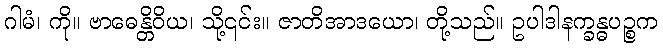
ဂါမံ၊ ကို။ ဗာဓေန္တိဝိယ၊ သို့၎င်း။ ဇာတိအာဒယော၊ တို့သည်။ ဥပါဒါနက္ခန္ဓပဉ္စက